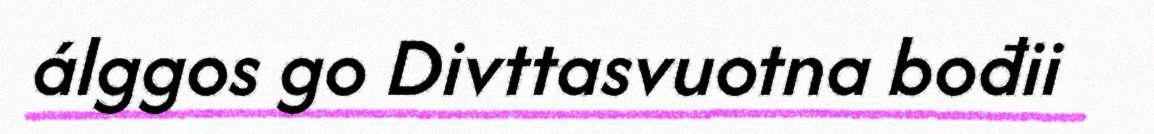
álggos go Divttasvuotna bođii